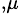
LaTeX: {}_{,\mu}